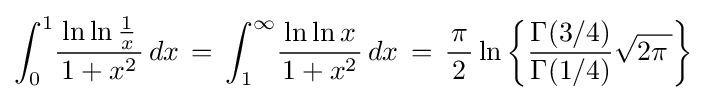
\int _{0}^{1}\!{\frac {\,\ln \ln {\frac {1}{x}}\,}{1+x^{2}}}\,dx\,=\,\int _{1}^{\infty }\!{\frac {\,\ln \ln {x}\,}{1+x^{2}}}\,dx\,=\,{\frac {\pi }{\,2\,}}\ln \left\{{\frac {\Gamma {(3/4)}}{\Gamma {(1/4)}}}{\sqrt {2\pi \,}}\right\}